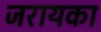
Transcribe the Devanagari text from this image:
जरायका